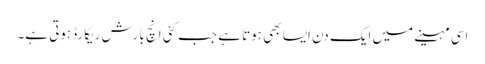
اسی مہینے میں ایک دن ایسا بھی ہوتا ہے جب کئی انچ بارش ریکارڈہوتی ہے۔